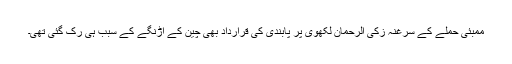
ممبئی حملے کے سرغنہ زکی الرحمان لکھوی پر پابندی کی قرارداد بھی چین کے اڑنگے کے سبب ہی رک گئی تھی۔